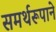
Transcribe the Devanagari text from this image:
समर्थरूपाने